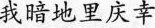
我暗地里庆幸